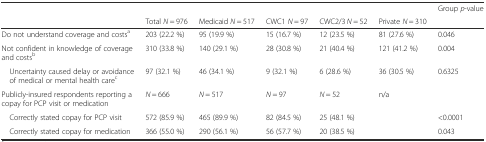
<table><thead><tr><td></td><td></td><td></td><td></td><td></td><td></td><td><b>Group <i>p</i>-value</b></td></tr><tr><td></td><td><b>Total <i>N</i> = 976</b></td><td><b>Medicaid <i>N</i> = 517</b></td><td><b>CWC1 <i>N</i> = 97</b></td><td><b>CWC2/3 <i>N</i> = 52</b></td><td><b>Private <i>N</i> = 310</b></td><td></td></tr></thead><tbody><tr><td>Do not understand coverage and costs<sup>a</sup></td><td>203 (22.2 %)</td><td>95 (19.9 %)</td><td>15 (16.7 %)</td><td>12 (23.5 %)</td><td>81 (27.6 %)</td><td>0.046</td></tr><tr><td>Not confident in knowledge of coverage and costs<sup>b</sup></td><td>310 (33.8 %)</td><td>140 (29.1 %)</td><td>28 (30.8 %)</td><td>21 (40.4 %)</td><td>121 (41.2 %)</td><td>0.004</td></tr><tr><td> Uncertainty caused delay or avoidance of medical or mental health care<sup>c</sup></td><td>97 (32.1 %)</td><td>46 (34.1 %)</td><td>9 (32.1 %)</td><td>6 (28.6 %)</td><td>36 (30.5 %)</td><td>0.6325</td></tr><tr><td>Publicly-insured respondents reporting a copay for PCP visit or medication</td><td><i>N</i> = 666</td><td><i>N</i> = 517</td><td><i>N</i> = 97</td><td><i>N</i> = 52</td><td>n/a</td><td></td></tr><tr><td> Correctly stated copay for PCP visit</td><td>572 (85.9 %)</td><td>465 (89.9 %)</td><td>82 (84.5 %)</td><td>25 (48.1 %)</td><td></td><td>&lt;0.0001</td></tr><tr><td> Correctly stated copay for medication</td><td>366 (55.0 %)</td><td>290 (56.1 %)</td><td>56 (57.7 %)</td><td>20 (38.5 %)</td><td></td><td>0.043</td></tr></tbody></table>